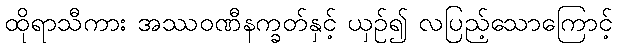
ထိုရာသီကား အဿဝဏီနက္ခတ်နှင့် ယှဉ်၍ လပြည့်သောကြောင့်